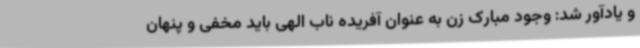
و یادآور شد: وجود مبارک زن به عنوان آفریده ناب الهی باید مخفی و پنهان